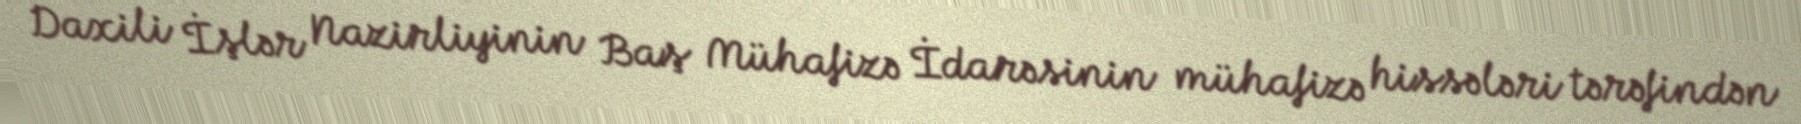
Daxili İşlər Nazirliyinin Baş Mühafizə İdarəsinin mühafizə hissələri tərəfindən